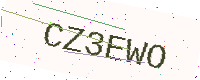
Text: CZ3EWO